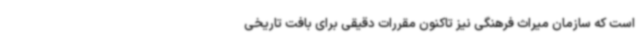
است که سازمان میراث فرهنگی نیز تاکنون مقررات دقیقی برای بافت تاریخی